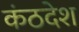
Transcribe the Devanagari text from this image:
कंठदेश